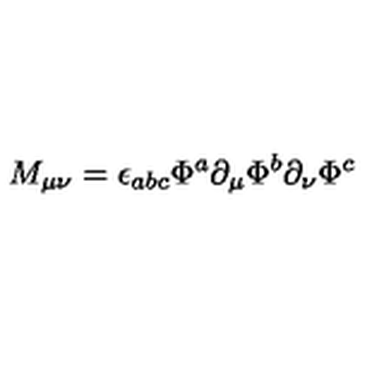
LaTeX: M _ { \mu \nu } = \epsilon _ { a b c } \Phi ^ { a } \partial _ { \mu } \Phi ^ { b } \partial _ { \nu } \Phi ^ { c }